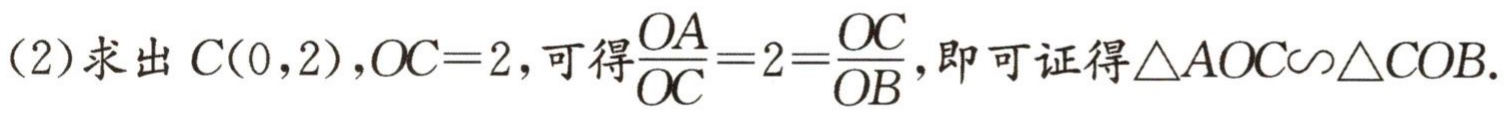
(2)求出 \(C(0,2)\)，\(OC = 2\)，可得\(\frac{OA}{OC}=2=\frac{OC}{OB}\)，即可证得\(\triangle AOC\sim\triangle COB\).